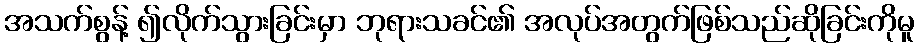
အသက်စွန့် ၍လိုက်သွားခြင်းမှာ ဘုရားသခင်၏ အလုပ်အတွက်ဖြစ်သည်ဆိုခြင်းကိုမူ